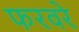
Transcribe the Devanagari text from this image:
फरवरे